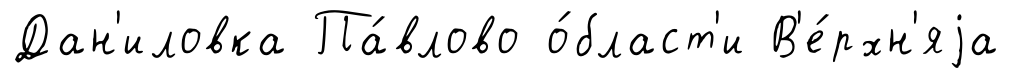
Дан'иловка Па́влово о́бласт'и В'е́рхн'яjа